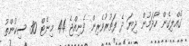
ގެއްލިގެން ހޯދަމުން ދިޔަ ދެ ފަތުރުވެރިން ފެނިއްޖެ 44 މިނެޓް 30 ސިކުންތު